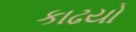
કાઢયો